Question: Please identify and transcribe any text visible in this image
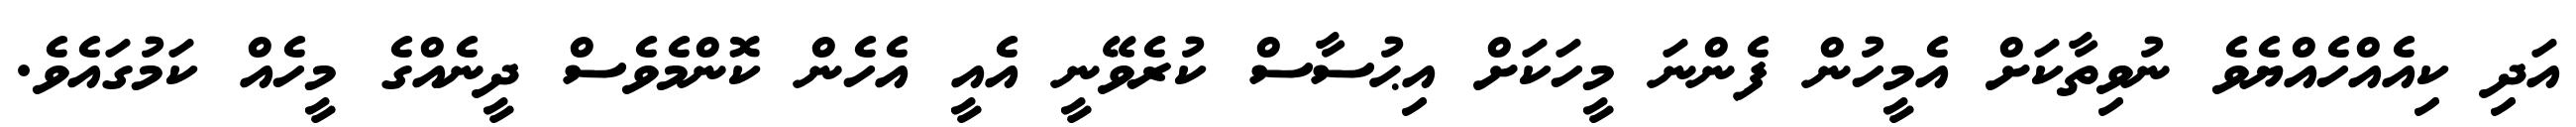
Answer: އަދި ކިއެއްހެއްޔެވެ ނުވިތާކަށް އެމީހުން ފެންނަ މީހަކަށް އިޙުސާސް ކުރެވޭނީ އެއީ އެހެން ކޮންމެވެސް ދީނެއްގެ މީހެއް ކަމުގައެވެ.